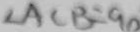
\angle A C B = 9 0